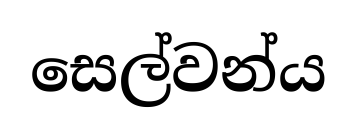
සෙල්වන්ය